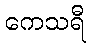
ကေသရီ